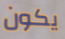
يكون